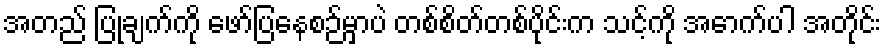
အတည် ပြုချက်ကို ဖော်ပြနေစဉ်မှာပဲ တစ်စိတ်တစ်ပိုင်းက သင့်ကို အောက်ပါ အတိုင်း